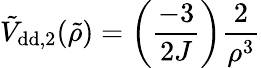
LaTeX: \tilde{V}_{\mathrm{{dd},2}}(\tilde{\rho})=\left(\frac{-3}{2J}\right)\frac{2}{\rho^{3}}